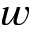
w